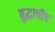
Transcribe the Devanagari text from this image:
बुद्धाचीच